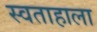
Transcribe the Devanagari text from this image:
स्वताहाला